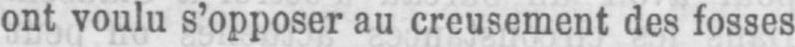
ont voulu s’opposer au creusement des fosses